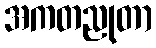
အကတညုတာ